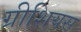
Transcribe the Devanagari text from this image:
ग्रीशियस